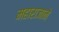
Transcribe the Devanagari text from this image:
महाराजाने